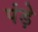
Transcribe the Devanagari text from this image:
पंड़े